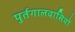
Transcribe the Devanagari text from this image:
पुर्तगालवासियों